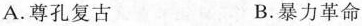
A. 尊孔复古 B. 暴力革命